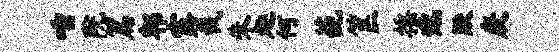
唾院篇郫露裁朱趣何葩筐摇邈默庚